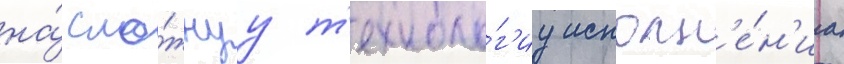
на́ сло́жнуу т'ехноло́г'иу исполн'е́н'иа